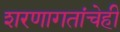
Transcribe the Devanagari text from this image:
शरणागतांचेही